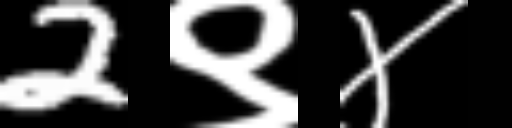
Text: 2९४